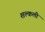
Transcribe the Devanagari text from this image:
शल्कली